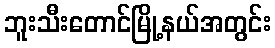
ဘူးသီးတောင်မြို့နယ်အတွင်း